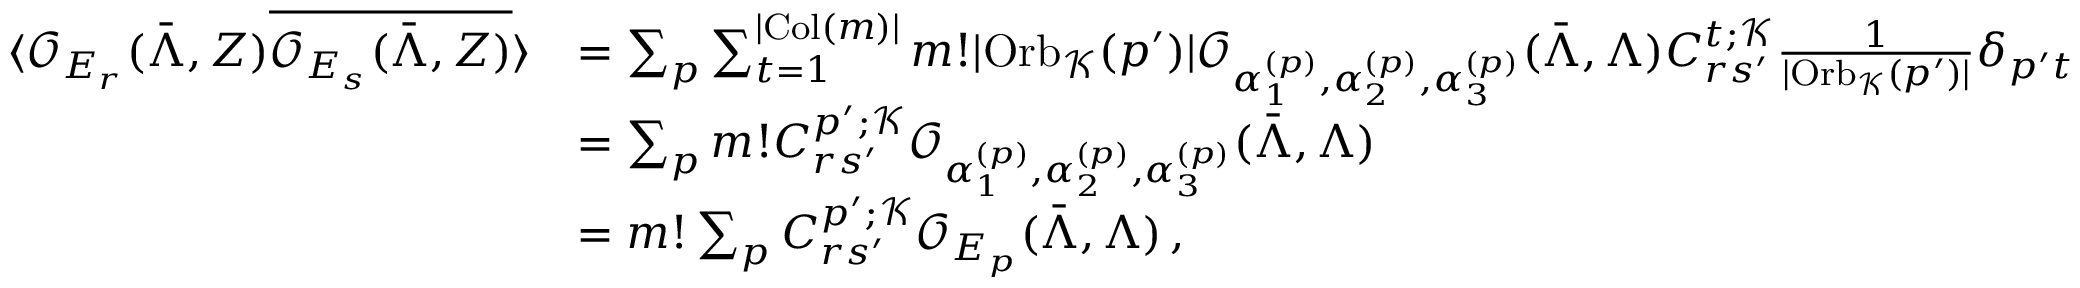
\begin{array} { r l } { \langle \mathcal { O } _ { E _ { r } } ( \bar { \Lambda } , Z ) \overline { { \mathcal { O } _ { E _ { s } } ( \bar { \Lambda } , Z ) } } \rangle } & { = \sum _ { p } \sum _ { t = 1 } ^ { | \mathrm { C o l } ( m ) | } m ! | \mathrm { O r b } _ { \mathcal { K } } ( p ^ { \prime } ) | \mathcal { O } _ { \alpha _ { 1 } ^ { ( p ) } , \alpha _ { 2 } ^ { ( p ) } , \alpha _ { 3 } ^ { ( p ) } } ( \bar { \Lambda } , \Lambda ) C _ { r s ^ { \prime } } ^ { t ; \mathcal { K } } \frac { 1 } { | \mathrm { O r b } _ { \mathcal { K } } ( p ^ { \prime } ) | } \delta _ { p ^ { \prime } t } } \\ & { = \sum _ { p } m ! C _ { r s ^ { \prime } } ^ { p ^ { \prime } ; \mathcal { K } } \mathcal { O } _ { \alpha _ { 1 } ^ { ( p ) } , \alpha _ { 2 } ^ { ( p ) } , \alpha _ { 3 } ^ { ( p ) } } ( \bar { \Lambda } , \Lambda ) } \\ & { = m ! \sum _ { p } C _ { r s ^ { \prime } } ^ { p ^ { \prime } ; \mathcal { K } } \mathcal { O } _ { E _ { p } } ( \bar { \Lambda } , \Lambda ) \, , } \end{array}